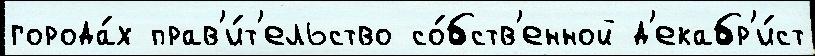
города́х прав'и́т'ельство со́бств'енной д'екабр'и́ст